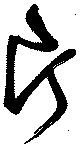
片